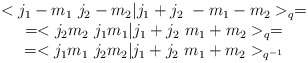
\begin{align*}\begin{array}{c}<j_{1}-m_{1} \ j_{2}-m_{2}|j_{1}+j_{2} \ -m_{1}-m_{2}>_{q}=\\=<j_{2}m_{2} \ j_{1}m_{1}|j_{1}+j_{2} \ m_{1}+m_{2}>_{q}=\\=<j_{1}m_{1} \ j_{2}m_{2}|j_{1}+j_{2} \ m_{1}+m_{2}>_{q^{-1}}\end{array}\end{align*}